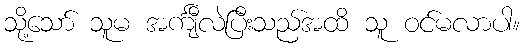
သို့သော် သူမ အင်္ကျီလဲပြီးသည်အထိ သူ ဝင်မလာပါ။